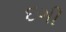
દગી